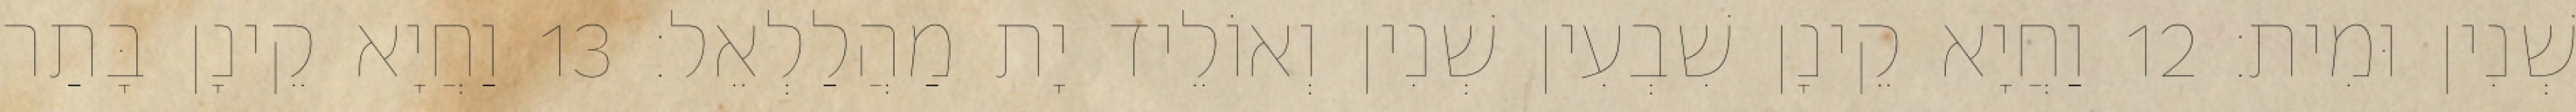
שְׁנִין וּמִית׃ 12 וַחֲיָא קֵינָן שִׁבְעִין שְׁנִין וְאוֹלֵיד יָת מַהֲלַלְאֵל׃ 13 וַחֲיָא קֵינָן בָּתַר